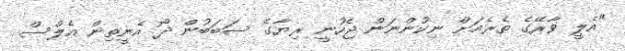
"އެލީ ވާރޭގެ ތެރެއަށް ނިކުންނަން ޖެހުނީ ރިޔާގެ ސަބަބުން ދޯ އެނީތިން އެލްސް